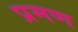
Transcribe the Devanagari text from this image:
प्रमण